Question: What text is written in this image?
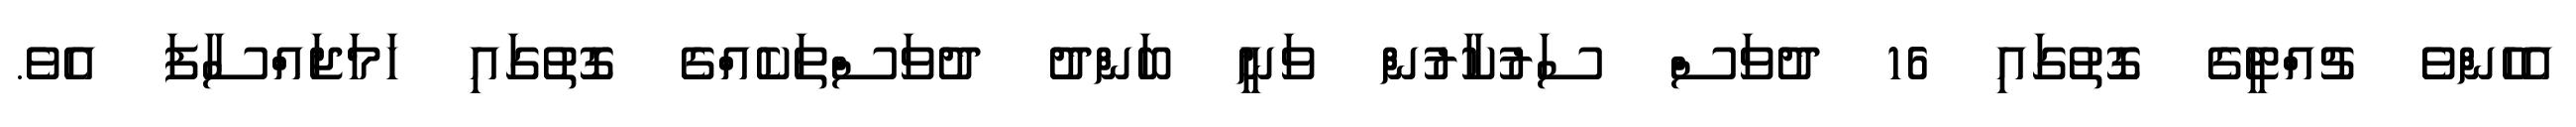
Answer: އެހެންވެ ޗުއްޓީގެ ގޮތުގައި 16 ދުވަސް ސަރުކާރުން ވަނީ ބަންދު ދުވަސްތަކެއްގެ ގޮތުގައި ހަމަޖައްސާފަ އެވެ.